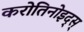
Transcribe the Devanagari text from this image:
करोतिनोइद्स्